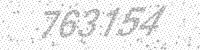
Solution: 763154